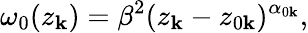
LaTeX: \omega_{0}(z_{\mathbf{k}})=\beta^{2}(z_{\mathbf{k}}-z_{0\mathbf{k}})^{\alpha_{0\mathbf{k}}},